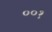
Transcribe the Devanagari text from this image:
००१